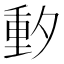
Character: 𬪼